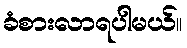
ခံစားလာရပါမယ်။